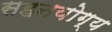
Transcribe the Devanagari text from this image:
सहनयोग्य